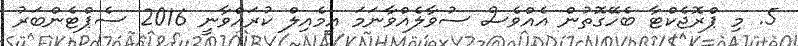
5. މި ޕްރޮޖެކްޓާ ބެހޭގޮތުން އެއްވެސް ސުވާލެއްވާނަމަ އީމެއިލް ކުރައްވާނީ 2016 ސެޕްޓެންބަރު